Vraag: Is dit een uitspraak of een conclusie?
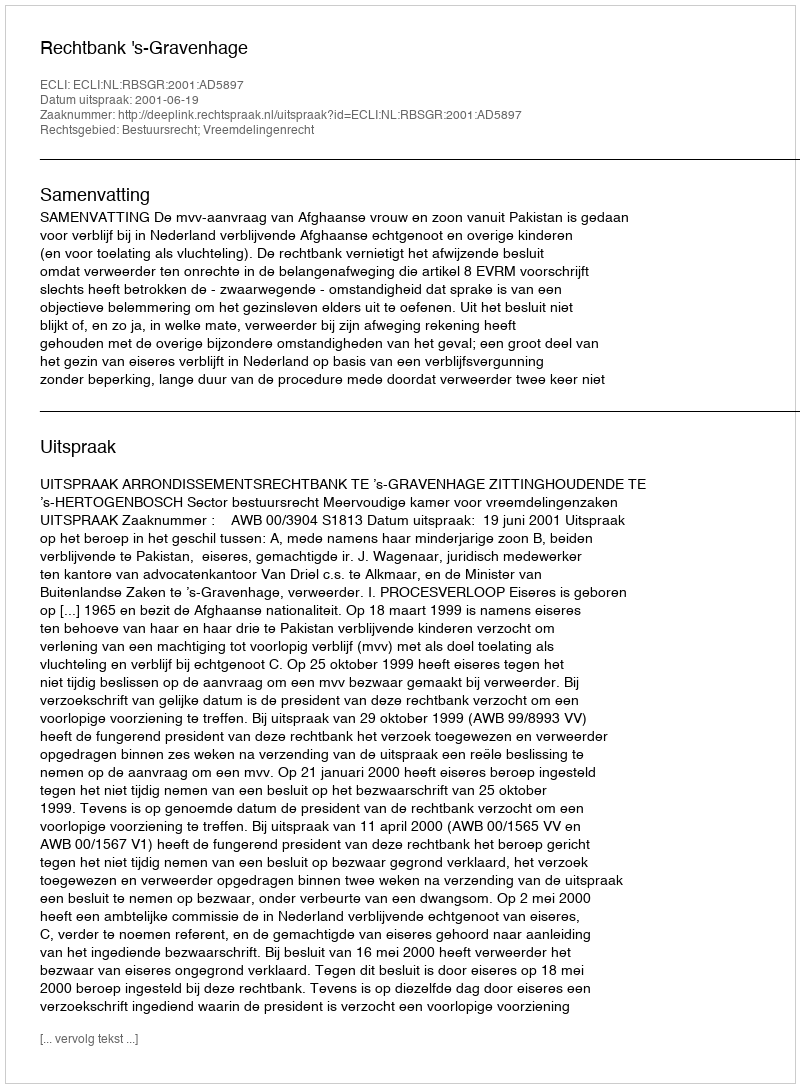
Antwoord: Uitspraak